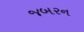
જબરન